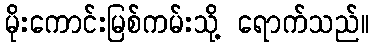
မိုးကောင်းမြစ်ကမ်းသို့ ရောက်သည်။